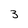
Character: 3